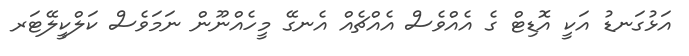
އަޅުގަނޑު އަކީ އޮޑިޓް ގެ އެއްވެސް އެއްޗެެއް އެނގޭ މީހެއްނޫން ނަމަވެސް ކަލްކީލޭޓަރ